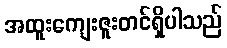
အထူးကျေးဇူးတင်ရှိပါသည်